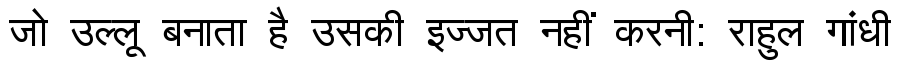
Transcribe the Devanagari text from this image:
जो उल्लू बनाता है उसकी इज्जत नहीं करनी: राहुल गांधी